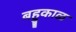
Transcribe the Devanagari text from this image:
बहुकाळ